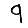
Digit: 9